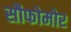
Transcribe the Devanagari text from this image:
सौफोमोर